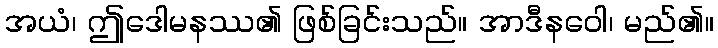
အယံ၊ ဤဒေါမနဿ၏ ဖြစ်ခြင်းသည်။ အာဒီနဝေါ၊ မည်၏။